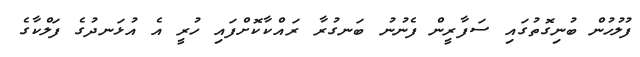
ފުލުހުން ބުނިގޮތުގައި ސަފާރީން ފެނުނު ބަނގުރާ ރައްކާކޮށްފައި ހުރީ އެ އުޅަނދުގެ ފަލްކާގެ